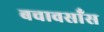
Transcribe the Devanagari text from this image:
बचावसाँस